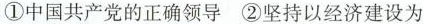
①中国共产党的正确领导②坚持以经济建设为